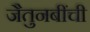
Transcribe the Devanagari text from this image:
जैतुनबींची